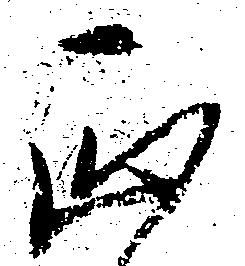
正